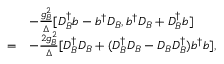
\begin{array} { r l } & { - \frac { g _ { B } ^ { 2 } } { \Delta } [ D _ { B } ^ { \dagger } b - b ^ { \dagger } D _ { B } , b ^ { \dagger } D _ { B } + D _ { B } ^ { \dagger } b ] } \\ { = } & { - \frac { 2 g _ { B } ^ { 2 } } { \Delta } [ D _ { B } ^ { \dagger } D _ { B } + ( D _ { B } ^ { \dagger } D _ { B } - D _ { B } D _ { B } ^ { \dagger } ) b ^ { \dagger } b ] , } \end{array}